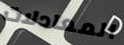
المعادلات